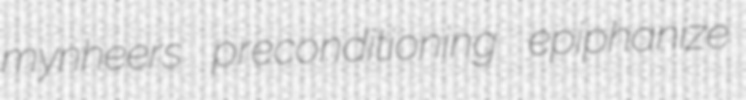
mynheers preconditioning epiphanize